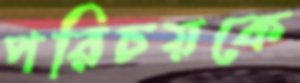
পরিচয়কে